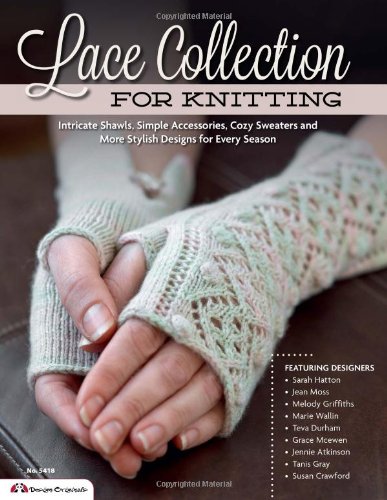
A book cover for Lace Collection for Knitting: Intricate Shawls, Simple Accessories, Cozy Sweaters and More Stylish Designs for Every Season; The Knitter Magazine; Crafts, Hobbies & Home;